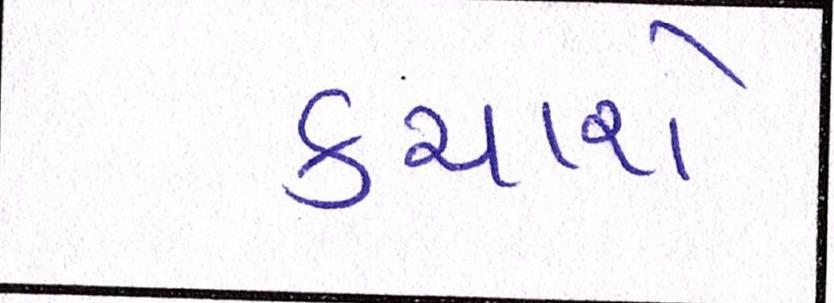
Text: કચારો